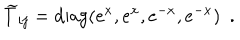
LaTeX: { \widetilde T } _ { i j } = \mathrm { d i a g } ( e ^ { x } , e ^ { x } , e ^ { - x } , e ^ { - x } ) ~ ~ .